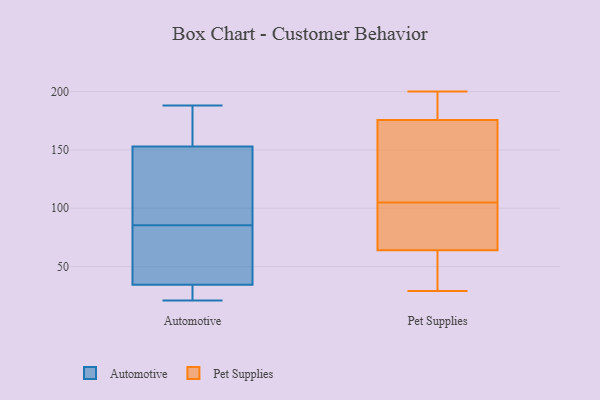
{"axis": {"x": "Production Output", "y": "Value"}, "legend": ["Automotive", "Pet Supplies"], "data": [{"x": "", "y": 174, "type": "Automotive"}, {"x": "", "y": 49, "type": "Automotive"}, {"x": "", "y": 34, "type": "Automotive"}, {"x": "", "y": 111, "type": "Automotive"}, {"x": "", "y": 188, "type": "Automotive"}, {"x": "", "y": 21, "type": "Automotive"}, {"x": "", "y": 26, "type": "Automotive"}, {"x": "", "y": 84, "type": "Automotive"}, {"x": "", "y": 146, "type": "Automotive"}, {"x": "", "y": 22, "type": "Automotive"}, {"x": "", "y": 129, "type": "Automotive"}, {"x": "", "y": 26, "type": "Automotive"}, {"x": "", "y": 35, "type": "Automotive"}, {"x": "", "y": 71, "type": "Automotive"}, {"x": "", "y": 160, "type": "Automotive"}, {"x": "", "y": 110, "type": "Automotive"}, {"x": "", "y": 72, "type": "Automotive"}, {"x": "", "y": 87, "type": "Automotive"}, {"x": "", "y": 184, "type": "Automotive"}, {"x": "", "y": 165, "type": "Automotive"}, {"x": "", "y": 41, "type": "Pet Supplies"}, {"x": "", "y": 178, "type": "Pet Supplies"}, {"x": "", "y": 29, "type": "Pet Supplies"}, {"x": "", "y": 200, "type": "Pet Supplies"}, {"x": "", "y": 191, "type": "Pet Supplies"}, {"x": "", "y": 84, "type": "Pet Supplies"}, {"x": "", "y": 150, "type": "Pet Supplies"}, {"x": "", "y": 175, "type": "Pet Supplies"}, {"x": "", "y": 105, "type": "Pet Supplies"}, {"x": "", "y": 88, "type": "Pet Supplies"}, {"x": "", "y": 49, "type": "Pet Supplies"}, {"x": "", "y": 140, "type": "Pet Supplies"}, {"x": "", "y": 69, "type": "Pet Supplies"}]}